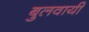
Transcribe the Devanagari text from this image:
बुलवायी